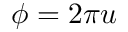
\phi = 2 \pi u